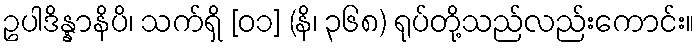
ဥပါဒိန္နာနိပိ၊ သက်ရှိ [၀၁] (နိ၊ ၃၆၈) ရုပ်တို့သည်လည်းကောင်း။